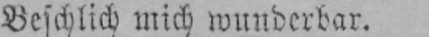
Beschlich mich wunderbar.